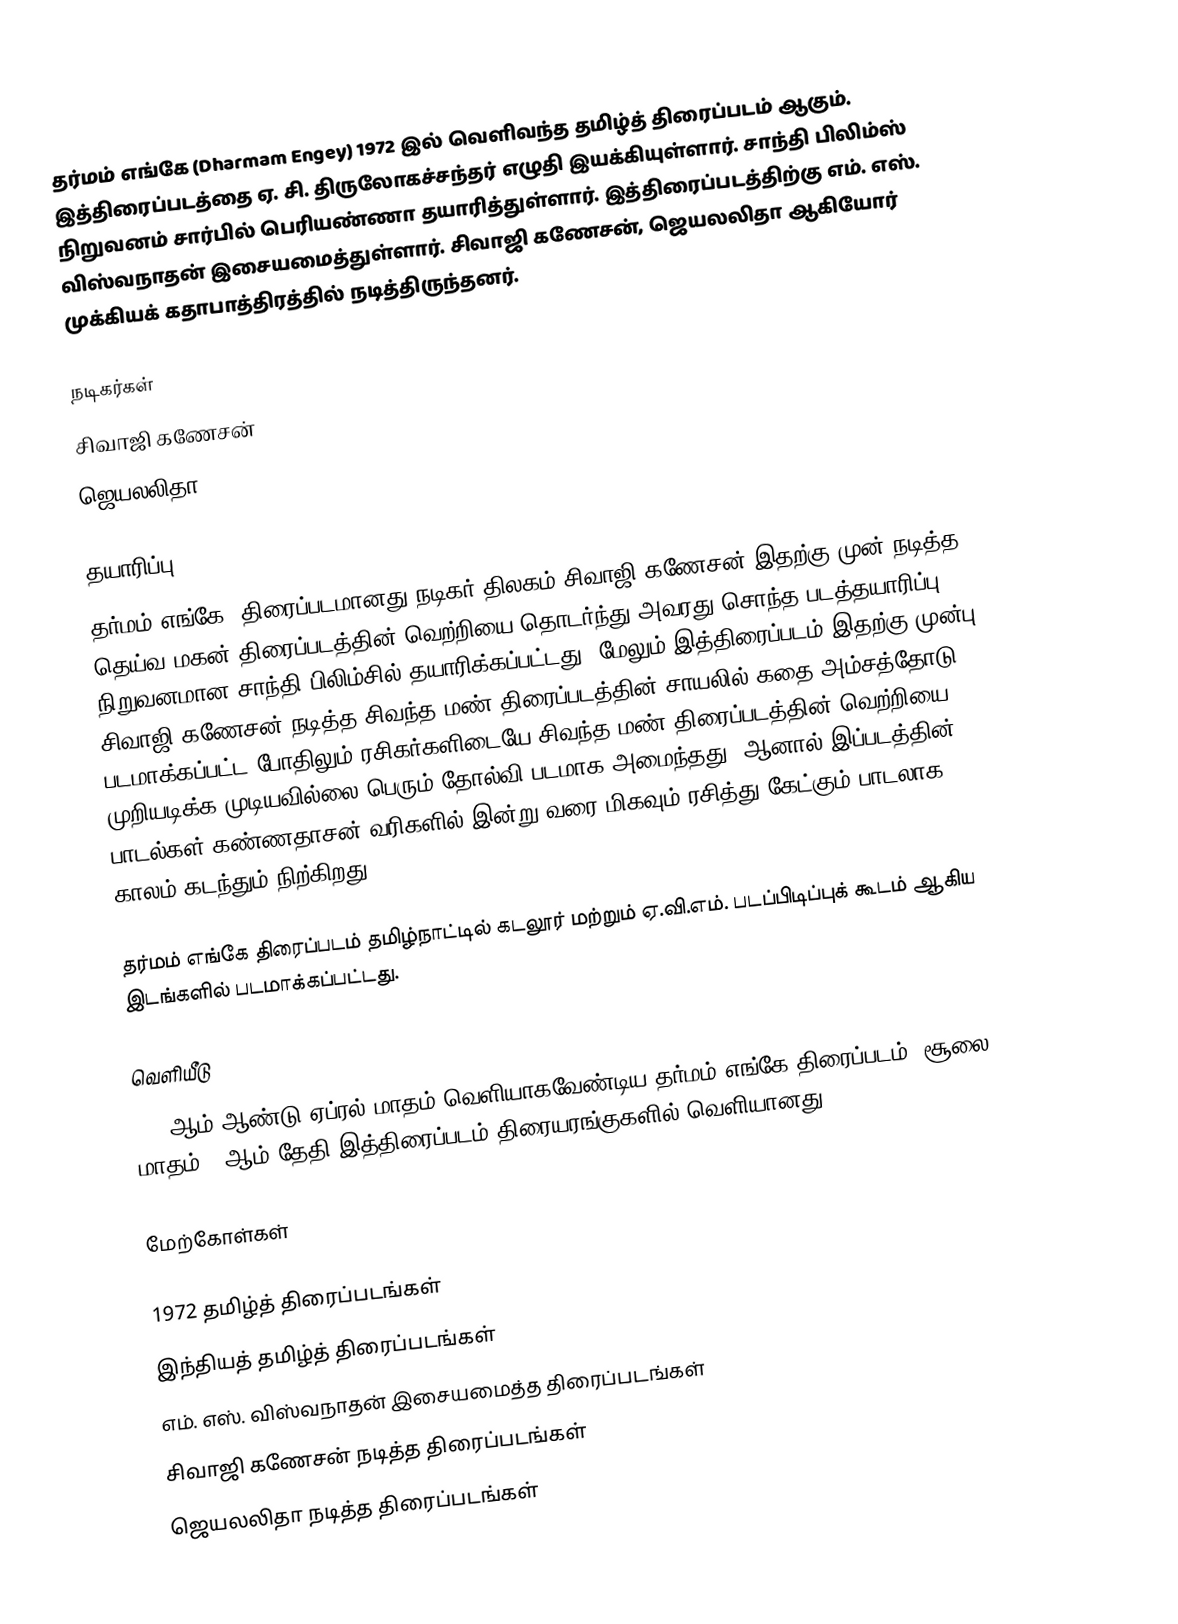
தர்மம் எங்கே  (Dharmam Engey) 1972 இல் வெளிவந்த தமிழ்த் திரைப்படம் ஆகும். இத்திரைப்படத்தை ஏ. சி. திருலோகச்சந்தர் எழுதி இயக்கியுள்ளார். சாந்தி பிலிம்ஸ் நிறுவனம் சார்பில் பெரியண்ணா தயாரித்துள்ளார். இத்திரைப்படத்திற்கு எம். எஸ். விஸ்வநாதன் இசையமைத்துள்ளார். சிவாஜி கணேசன், ஜெயலலிதா ஆகியோர் முக்கியக் கதாபாத்திரத்தில் நடித்திருந்தனர்.

நடிகர்கள்
 சிவாஜி கணேசன்
 ஜெயலலிதா

தயாரிப்பு
தர்மம் எங்கே, திரைப்படமானது நடிகர் திலகம் சிவாஜி கணேசன் இதற்கு முன் நடித்த தெய்வ மகன் திரைப்படத்தின் வெற்றியை தொடர்ந்து அவரது சொந்த படத்தயாரிப்பு நிறுவனமான சாந்தி பிலிம்சில் தயாரிக்கப்பட்டது. மேலும் இத்திரைப்படம் இதற்கு முன்பு சிவாஜி கணேசன் நடித்த சிவந்த மண் திரைப்படத்தின் சாயலில் கதை அம்சத்தோடு படமாக்கப்பட்ட போதிலும் ரசிகர்களிடையே சிவந்த மண் திரைப்படத்தின் வெற்றியை முறியடிக்க முடியவில்லை பெரும் தோல்வி படமாக அமைந்தது. ஆனால் இப்படத்தின் பாடல்கள் கண்ணதாசன் வரிகளில் இன்று வரை மிகவும் ரசித்து கேட்கும் பாடலாக காலம் கடந்தும் நிற்கிறது.

தர்மம் எங்கே திரைப்படம் தமிழ்நாட்டில் கடலூர் மற்றும் ஏ.வி.எம். படப்பிடிப்புக் கூடம் ஆகிய இடங்களில் படமாக்கப்பட்டது.

வெளியீடு
1972ஆம் ஆண்டு ஏப்ரல் மாதம் வெளியாகவேண்டிய தர்மம் எங்கே திரைப்படம், சூலை மாதம் 15ஆம் தேதி இத்திரைப்படம் திரையரங்குகளில் வெளியானது.

மேற்கோள்கள்

1972 தமிழ்த் திரைப்படங்கள்
இந்தியத் தமிழ்த் திரைப்படங்கள்
எம். எஸ். விஸ்வநாதன் இசையமைத்த திரைப்படங்கள்
சிவாஜி கணேசன் நடித்த திரைப்படங்கள்
ஜெயலலிதா நடித்த திரைப்படங்கள்